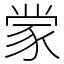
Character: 䝉